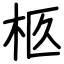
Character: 柩